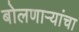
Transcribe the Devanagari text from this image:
बोलणाऱ्यांचा